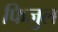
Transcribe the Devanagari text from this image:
फिजुल